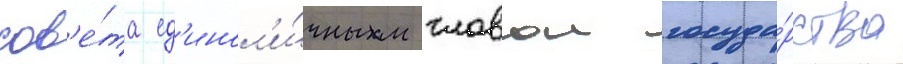
сов'е́та ед'инол'и́чным главои госуда́рства